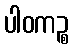
ပါဝကဉ္စ